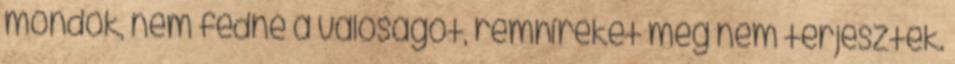
mondok, nem fedné a valóságot, rémhíreket meg nem terjesztek.